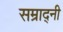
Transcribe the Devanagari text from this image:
सम्राद्नी